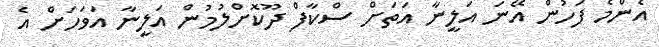
އެންމެ ފަހުން އޭނަ އަލީނާ އަތަށް ސްކާފް ދޫކޮށްލުމުން އަލީނާ އަވަހަށް އެ